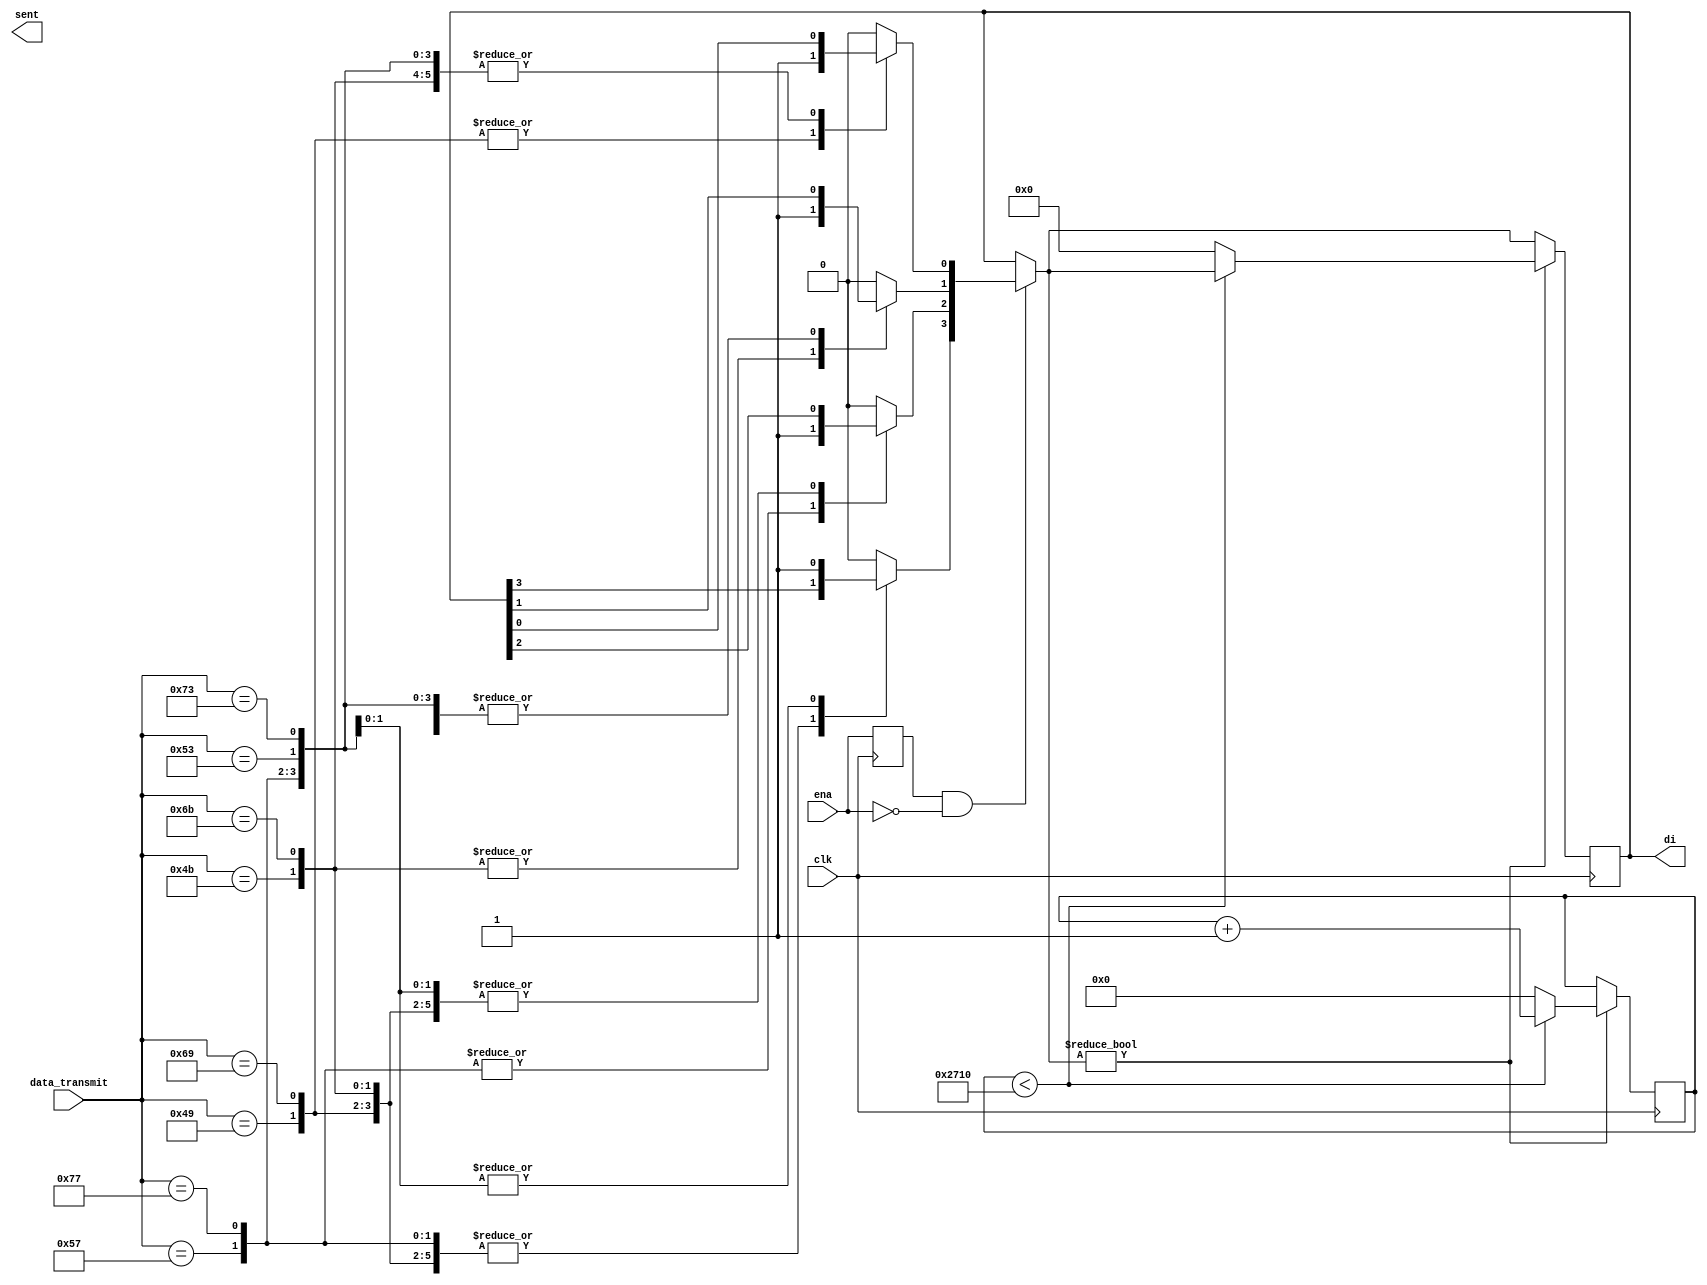
`timescale 1ns / 1ps
//////////////////////////////////////////////////////////////////////////////////
// Company: 
// Engineer: 
// 
// Design Name: 
// Module Name: uart_tx
// Project Name: 
// Target Devices: 
// Tool Versions: 
// Description: 
// 
// Dependencies: 
// 
// Revision:
// Revision 0.01 - File Created
// Additional Comments:
// 
//////////////////////////////////////////////////////////////////////////////////

module uart_tx(
    input clk,
    input [7:0] data_transmit,
    input ena,
    output reg sent,
    output reg [3:0] di
    );
    
    reg last_ena;
    reg sending = 0;
    reg [7:0] count;
    reg [7:0] temp;
    reg [15:0] cou=0;
    always@(posedge clk) begin
    temp=data_transmit;
        if (last_ena&!ena) begin
          case(temp)
                8'd73: di[0] = 1;
                8'd105: di[0] = 1;
                8'd75: di[1] = 1;
                8'd107: di[1] = 1;
                8'd87: di[2] = 1;
                8'd119: di[2] = 1;
                8'd83: di[3] = 1;
                8'd115: di[3] = 1;
                default:di=0;
            endcase
            end
        if(di!=0)
            begin
            if(cou<10000)
                cou=cou+1;
            else begin
             cou=0;
             di=0;
            end
            
         
        end
        last_ena <= ena;
        
      
        
        // sampling every 16 ticks
      
    end
endmodule